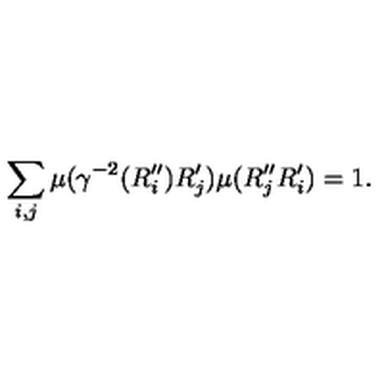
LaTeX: \sum _ { i , j } \mu ( \gamma ^ { - 2 } ( R _ { i } ^ { \prime \prime } ) R _ { j } ^ { \prime } ) \mu ( R _ { j } ^ { \prime \prime } R _ { i } ^ { \prime } ) = 1 .